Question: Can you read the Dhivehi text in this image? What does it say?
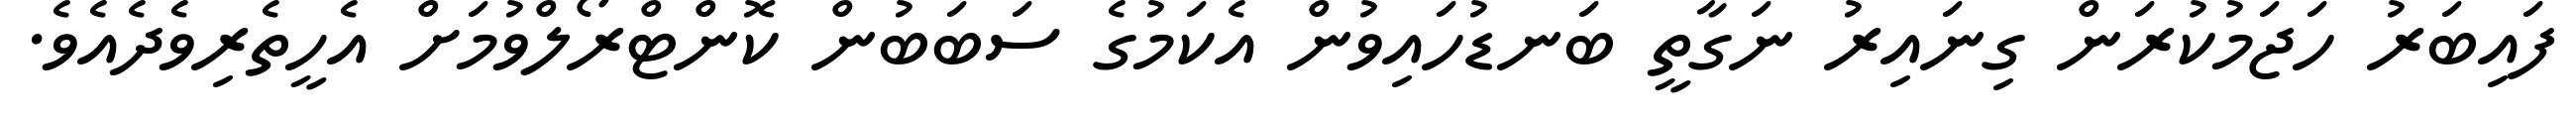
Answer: ފައިބަރު ހަޖަމުކުރަން ގިނައިރު ނަގާތީ ބަނޑުހައިވުން އެކަމުގެ ސަބަބުން ކޮންޓްރޯލްވުމަށް އެހީތެރިވެދެއެވެ.